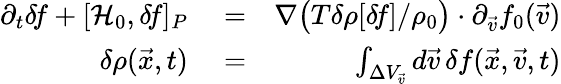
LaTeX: \begin{array}{rlr}{\partial_{t}\delta\! f+[\mathcal{H}_{0},\delta\! f]_{P}}&{{}=}&{\nabla\big(T\delta\rho[\delta\! f]/\rho_{0}\big)\cdot\partial_{\vec{v}}f_{0}(\vec{v})}\\ {\delta\rho(\vec{x},t)}&{{}=}&{\int_{\Delta V_{\vec{v}}}d\vec{v}\, \delta f(\vec{x},\vec{v},t)}\end{array}